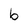
Character: b